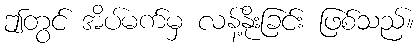
ဤတွင် အိပ်မက်မှ လန့်နိုးခြင်း ဖြစ်သည်။